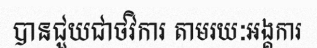
បានជួយជាថវិការ តាមរយៈអង្គការ